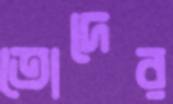
তোদের